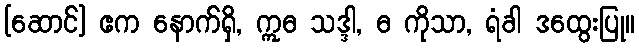
[ဆောင်] ဧက နောက်ရှိ, ဣဓ သဒ္ဒါ, ဓ ကိုသာ, ရံခါ ဒထွေးပြု။